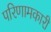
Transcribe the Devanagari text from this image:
परिणामकारी